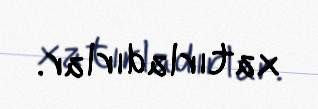
xatırladırlar.